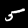
Label: 5